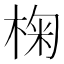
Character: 椈